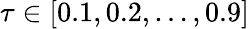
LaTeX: \tau\in[0.1,0.2,\ldots,0.9]